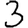
Digit: 3